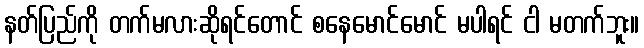
နတ်ပြည်ကို တက်မလားဆိုရင်တောင် စနေမောင်မောင် မပါရင် ငါ မတက်ဘူး။